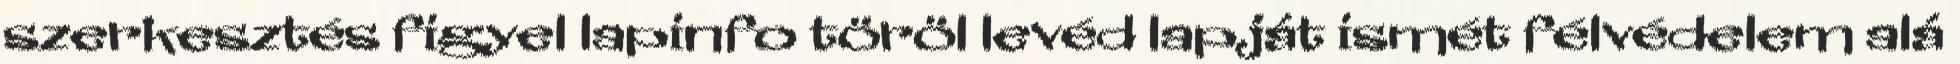
szerkesztés figyel lapinfo töröl levéd lapját ismét félvédelem alá